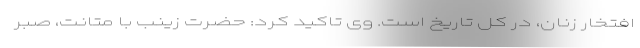
افتخار زنان، در کل تاریخ است. وی تاکید کرد: حضرت زینب با متانت، صبر